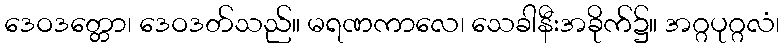
ဒေဝဒတ္တော၊ ဒေဝဒတ်သည်။ မရဏကာလေ၊ သေခါနီးအခိုက်၌။ အဂ္ဂပုဂ္ဂလံ၊